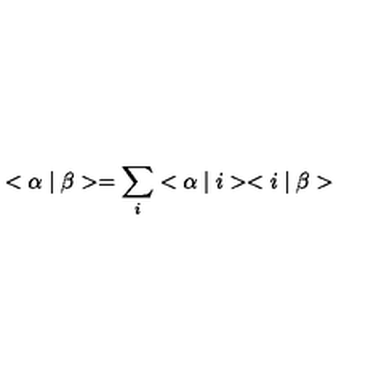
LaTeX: < \alpha \mid \beta > = \sum _ { i } ^ { } < \alpha \mid i > < i \mid \beta >